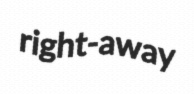
right-away